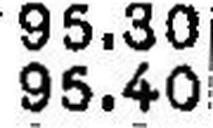
95.40